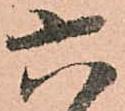
六